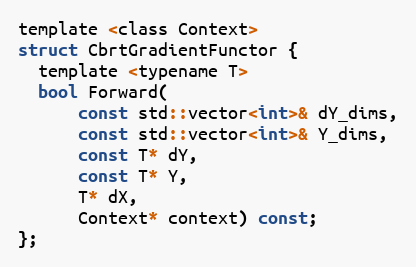
Language: C
template <class Context>
struct CbrtGradientFunctor {
  template <typename T>
  bool Forward(
      const std::vector<int>& dY_dims,
      const std::vector<int>& Y_dims,
      const T* dY,
      const T* Y,
      T* dX,
      Context* context) const;
};